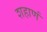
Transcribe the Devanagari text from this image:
शहाणं